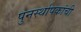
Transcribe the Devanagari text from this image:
पुनर्स्थापकांची